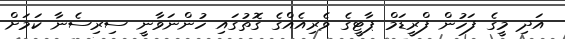
އަދި މީގެ ފަހުން ފްރީޑަމް ޕާޓީގެ ވެރިއެއްގެ ގޮތުގައި ހުންނަވާނީ ސިރިސެނާ ކަމަށް